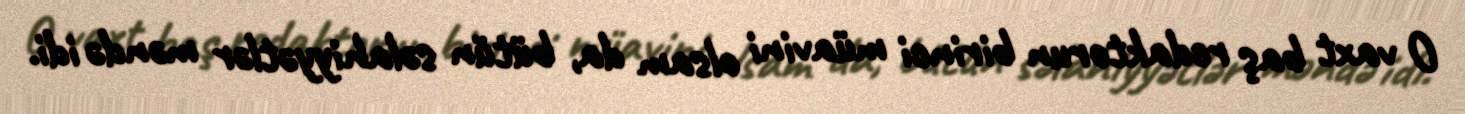
O vaxt baş redaktorun birinci müavini olsam da, bütün səlahiyyətlər məndə idi.